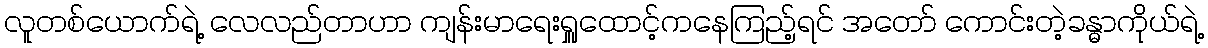
လူတစ်ယောက်ရဲ့ လေလည်တာဟာ ကျန်းမာရေးရှူထောင့်ကနေကြည့်ရင် အတော် ကောင်းတဲ့ခန္ဓာကိုယ်ရဲ့